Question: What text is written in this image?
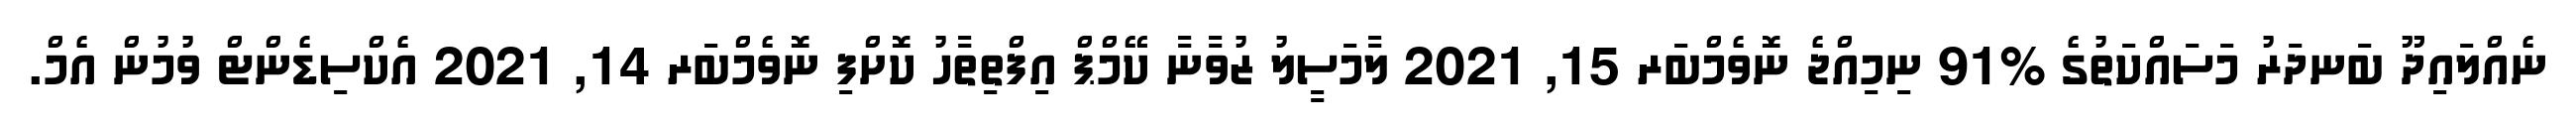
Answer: ނެއްލައިދޫ ބަނދަރު މަސައްކަތުގެ %91 ނިމިއްޖެ ނޮވެމްބަރ 15, 2021 ލާމަސީލު ޒުވާނާ ކޭމްޕް އިފްތިތާހު ކޮށްފި ނޮވެމްބަރ 14, 2021 އެކްސިޑެންޓް ވުމުން އެމް.